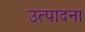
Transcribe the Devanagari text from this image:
उत्पादना